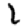
Digit: 1